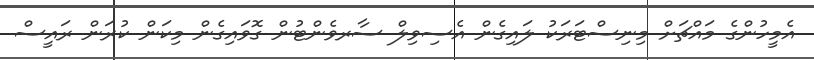
އެމީހުންގެ މައްޗަށް މިނިސްޓަރަކު ލައިގެން އެސިވިލް ސާރވެންޓުން ގޮވައިގެން މިކަން ކުރަން ރައީސް